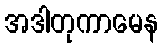
အဒါတုကာမေန